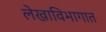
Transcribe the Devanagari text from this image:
लेखाविभागात